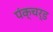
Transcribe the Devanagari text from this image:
पंक्चर्ड